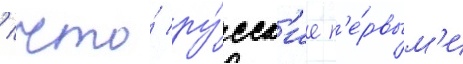
/ что́ ру́сск'ие п'е́рвым'и